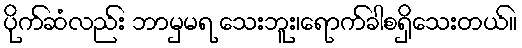
ပိုက်ဆံလည်း ဘာမှမရ သေးဘူး၊ရောက်ခါစရှိသေးတယ်။